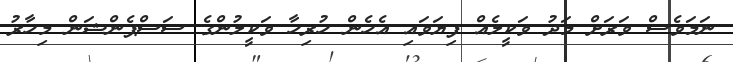
ނަމަވެސް ވަރަށް މަދު ވަކީލެއް ފިޔަވައި އެހެން ހުރިހާ ވަކީލުންގެ ސަސްޕެންޝަން މިހާރު